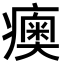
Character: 𤺾